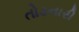
તોડનારી